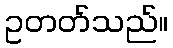
ဥတတ်သည်။